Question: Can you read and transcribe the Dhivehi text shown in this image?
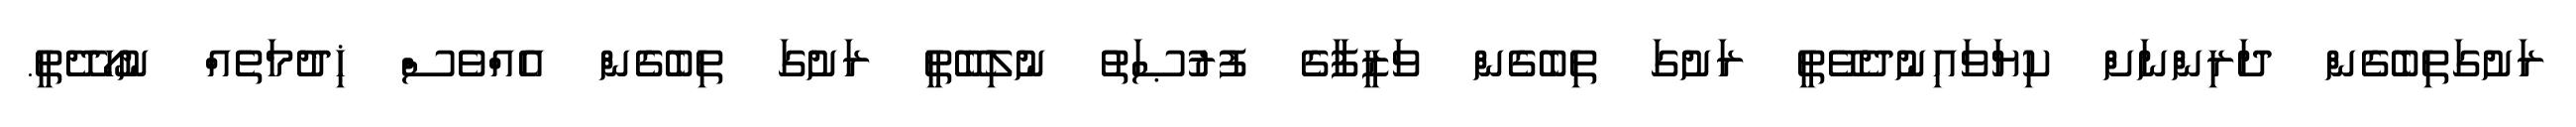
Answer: ރަށުގަތިބެގެން ދަރިންނަށް ކިޔަވައިނުދެވޭތީ ރަށުގަ ތިބެގެން ވަޒީފާގެ ފުރުޞަތު ނުލިބޭތީ ރަށުގަ ތިބެގެން އެއްވެސް ޚިދުމަތެއް ނުހޯދޭތީ.